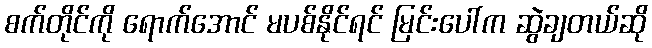
စက်တိုင်ကို ရောက်အောင် မပစ်နိုင်ရင် မြင်းပေါ်က ဆွဲချတယ်ဆို